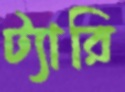
ট্যারি